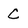
Character: C